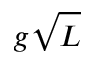
g \sqrt { L }